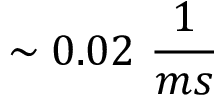
\sim 0 . 0 2 \ \frac { 1 } { m s }